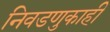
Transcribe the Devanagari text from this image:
निवडणुकाही